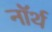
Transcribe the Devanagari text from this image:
नाॅर्थ